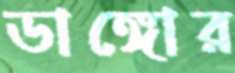
ডাঙ্গোর